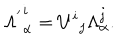
{ \Lambda ^ { ' } } _ { \alpha } ^ { i } = { U ^ { i } } _ { j } \Lambda _ { \alpha } ^ { j } .